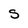
Character: S